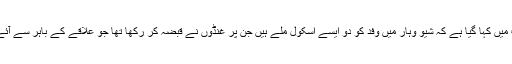
رپورٹ میں کہا گیا ہے کہ شیو وہار میں وفد کو دو ایسے اسکول ملے ہیں جن پر غنڈوں نے قبضہ کر رکھا تھا جو علاقے کے باہر سے آئے تھے۔